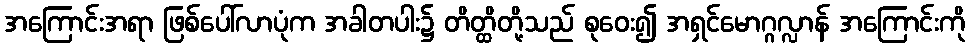
အကြောင်းအရာ ဖြစ်ပေါ်လာပုံက အခါတပါး၌ တိတ္ထိတို့သည် စုဝေး၍ အရှင်မောဂ္ဂလ္လာန် အကြောင်းကို